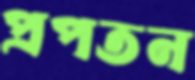
প্রপতন